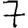
Digit: 7